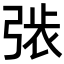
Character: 𢏾